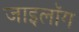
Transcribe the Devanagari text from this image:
जाइलॉग